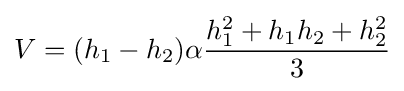
V=(h_{1}-h_{2})\alpha {\frac {h_{1}^{2}+h_{1}h_{2}+h_{2}^{2}}{3}}